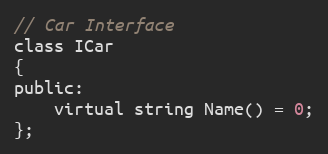
Language: C
// Car Interface
class ICar
{
public:
    virtual string Name() = 0;
};